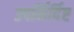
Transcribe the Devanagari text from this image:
उपर्निर्दिष्ट